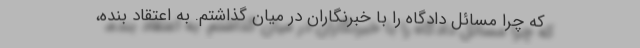
که چرا مسائل دادگاه را با خبرنگاران در میان گذاشتم. به اعتقاد بنده،